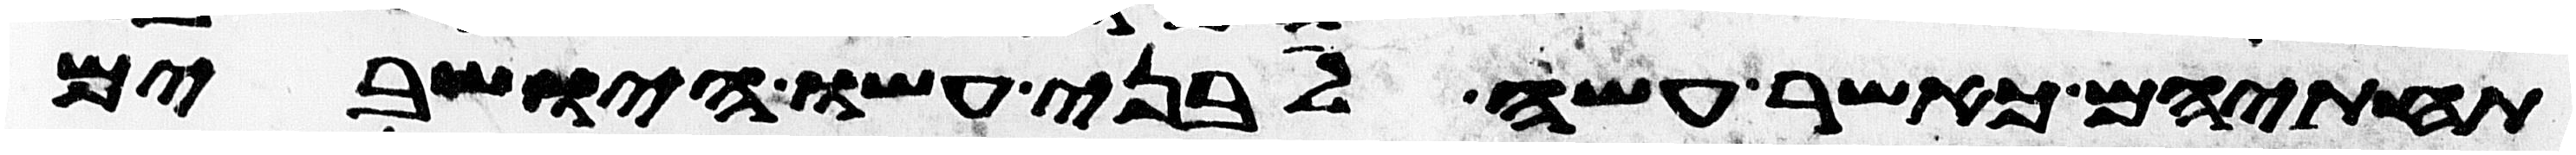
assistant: תחתיהם כאשר עשה לבני עשו הישבים